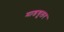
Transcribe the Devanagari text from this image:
माडयूलर